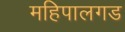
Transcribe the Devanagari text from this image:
महिपालगड